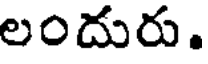
లందురు.